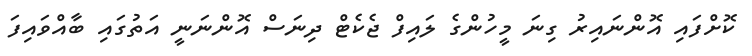
ކޮށްފައި އޮންނައިރު ގިނަ މީހުންގެ ލައިފް ޖެކެޓް ދިނަސް އޮންނަނީ އަތުގައި ބާއްވައިފަ